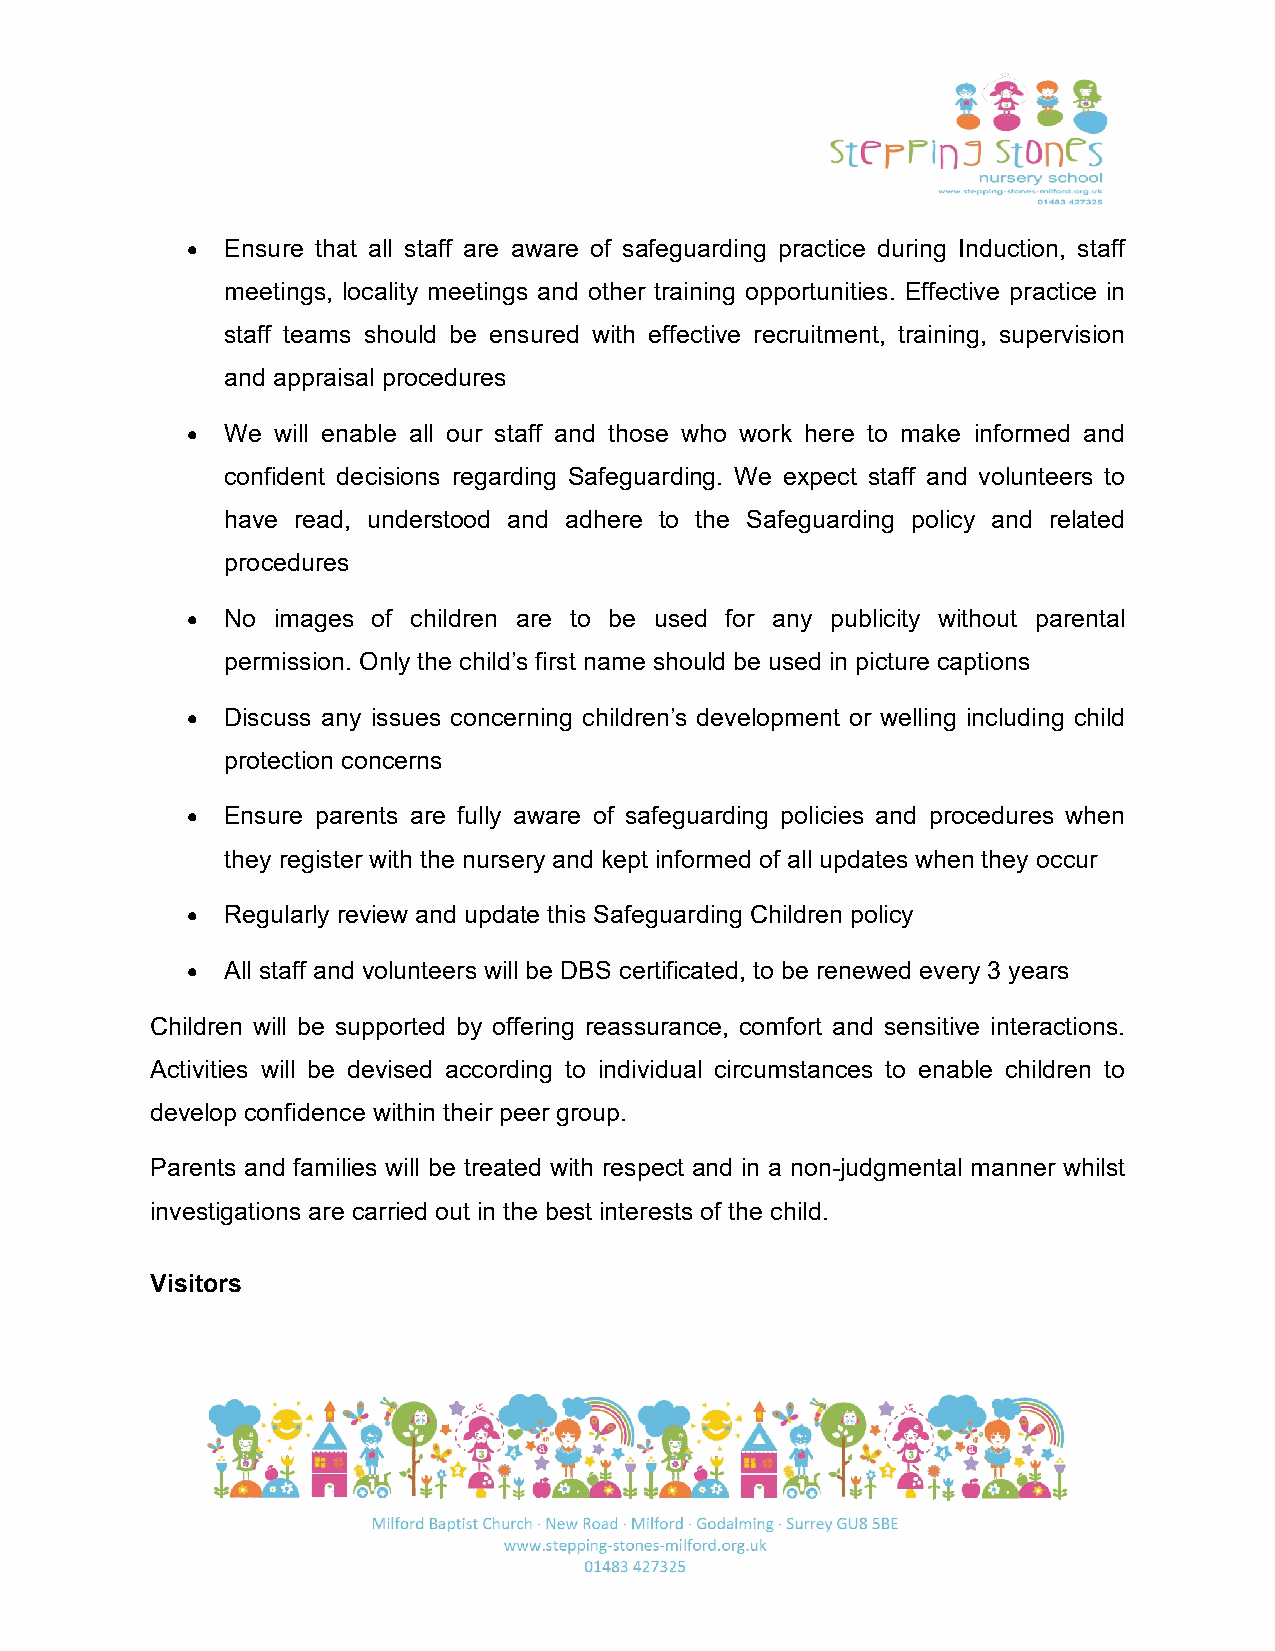
•  Ensure that all staff are aware of safeguarding practice during Induction, staff
 meetings, locality meetings and other training opportunities. Effective practice in
 staff teams should be ensured with effective recruitment, training, supervision
 and appraisal procedures
 •  We will enable all our staff and those who work here to make informed and
 confident decisions regarding Safeguarding. We expect staff and volunteers to
 have read, understood and adhere to the Safeguarding policy and related
 procedures
 •  No images of children are to be used for any publicity without parental
 permission. Only the child’s first name should be used in picture captions
 •  Discuss any issues concerning children’s development or welling including child
 protection concerns
 •  Ensure parents are fully aware of safeguarding policies and procedures when
 they register with the nursery and kept informed of all updates when they occur
 •  Regularly review and update this Safeguarding Children policy
 •  All staff and volunteers will be DBS certificated, to be renewed every 3 years
 Children will be supported by offering reassurance, comfort and sensitive interactions.
 Activities will be devised according to individual circumstances to enable children to
 develop confidence within their peer group.
 Parents and families will be treated with respect and in a non-judgmental manner whilst
 investigations are carried out in the best interests of the child.
 Visitors